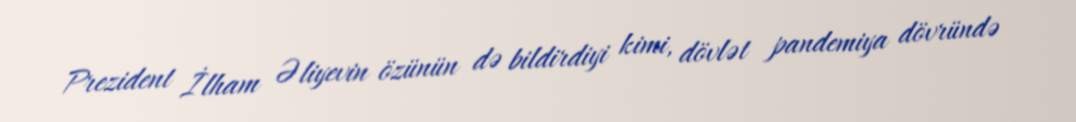
Prezident İlham Əliyevin özünün də bildirdiyi kimi, dövlət pandemiya dövründə